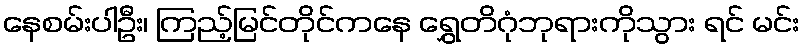
နေစမ်းပါဦး၊ ကြည့်မြင်တိုင်ကနေ ရွှေတိဂုံဘုရားကိုသွား ရင် မင်း